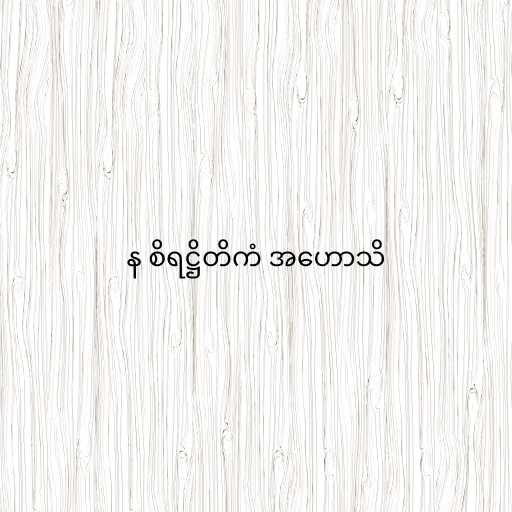
န စိရဋ္ဌိတိကံ အဟောသိ